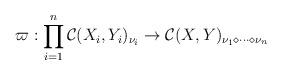
LaTeX: \begin{align*}\varpi:\prod_{i=1}^n\mathcal C(X_i,Y_i)_{\nu_i}\to \mathcal C(X,Y)_{\nu_1\diamond\dots\diamond\nu_n}\end{align*}